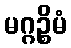
မဂ္ဂဉ္စိမံ